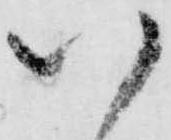
以